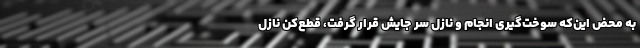
به محض این‌که سوخت‌گیری انجام و نازل سر جایش قرار گرفت، قطع‌کن نازل